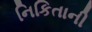
નિકિતાની